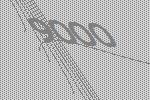
9000